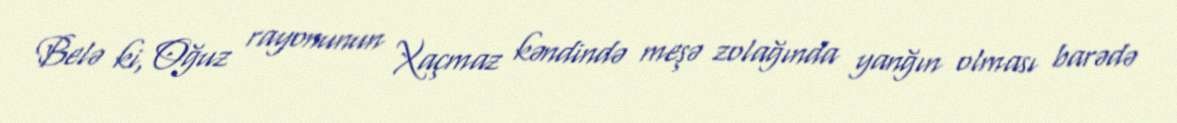
Belə ki, Oğuz rayonunun Xaçmaz kəndində meşə zolağında yanğın olması barədə